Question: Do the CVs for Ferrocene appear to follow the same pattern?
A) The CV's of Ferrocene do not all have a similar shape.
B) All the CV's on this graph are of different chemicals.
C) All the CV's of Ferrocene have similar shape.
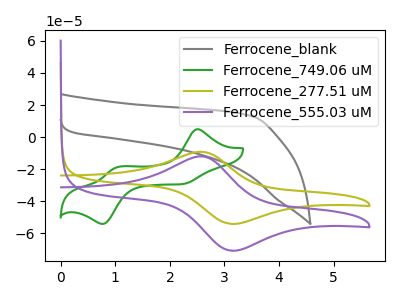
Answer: <think>The gray curve "Ferrocene_blank" has no peaks. The green curve "Ferrocene_749.06 uM" has anodic peaks at (2.50V, 4.95uA) (1.05V, -18.55uA) and cathodic peaks at (2.20V, -29.25uA) (0.80V, -54.00uA). The olive curve "Ferrocene_277.51 uM" has an anodic peak at (2.55V, -9.15uA) and a cathodic peak at (3.15V, -54.00uA). The purple curve "Ferrocene_555.03 uM" has an anodic peak at (2.55V, -11.95uA) and a cathodic peak at (3.15V, -70.70uA).
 "Ferrocene_blank" and "Ferrocene_749.06 uM" have a different number of peaks. "Ferrocene_blank" and "Ferrocene_277.51 uM" have a different number of peaks. "Ferrocene_blank" and "Ferrocene_555.03 uM" have a different number of peaks. "Ferrocene_749.06 uM" and "Ferrocene_277.51 uM" have a different number of peaks. "Ferrocene_749.06 uM" and "Ferrocene_555.03 uM" have a different number of peaks. All the peaks in "Ferrocene_277.51 uM" have a peak in "Ferrocene_555.03 uM" at the same potential.</think>
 <answer>C) All the CV's of "Ferrocene" have similar shape.</answer>
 <eval>C</eval>